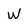
Character: w